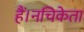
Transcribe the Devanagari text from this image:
हैं।नचिकेता